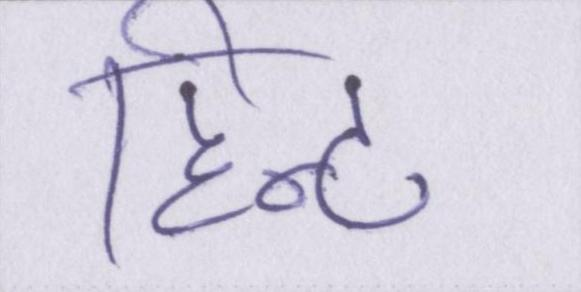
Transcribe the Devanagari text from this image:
हिन्ट